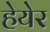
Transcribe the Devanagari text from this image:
हेयेर